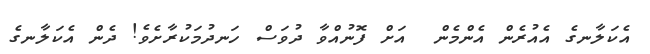
އެކަލާނގެ އެއުރެން އެންމެން  އަށް ފޮނުއްވާ ދުވަސް ހަނދުމަކުރާށެވެ! ދެން އެކަލާނގެ